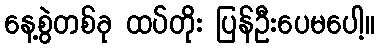
နေ့စွဲတစ်ခု ထပ်တိုး ပြန်ဦးပေမပေါ့။